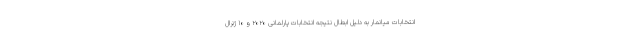
انتخابات میانمار به دلیل ابطال نتیجه انتخابات پارلمانی ۲۰۲۰ و ۱۰ ژنرال